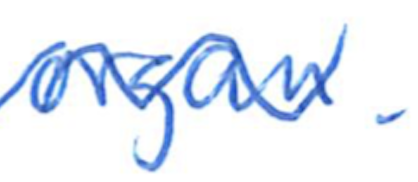
Text: organ.
Cross-out: wave
Writing tool: ballpoint